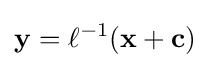
\mathbf {y} =\ell ^{-1}(\mathbf {x} +\mathbf {c} )